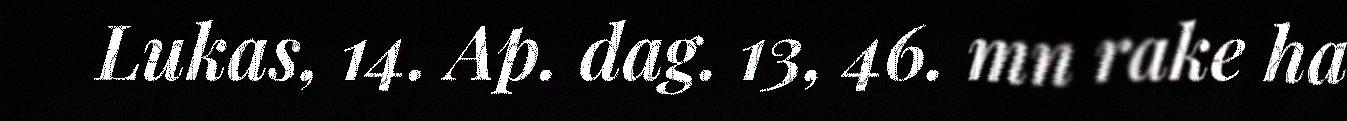
Lukas, 14. Ap. dag. 13, 46. mn rake ha